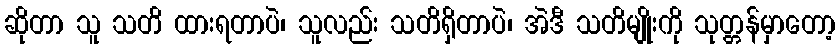
ဆိုတာ သူ သတိ ထားရတာပဲ၊ သူလည်း သတိရှိတာပဲ၊ အဲဒီ သတိမျိုးကို သုတ္တန်မှာတော့